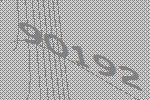
90192